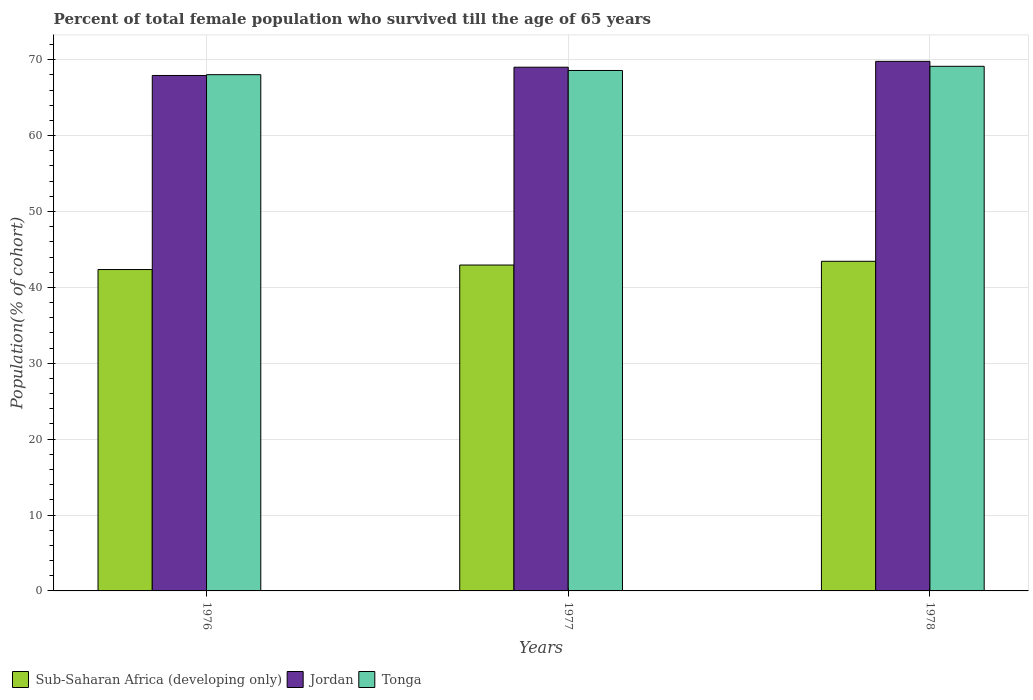
| Years | Sub-Saharan Africa (developing only) | Jordan | Tonga |
 | --- | --- | --- | --- |
 | 1976 | 42.4 | 67.9 | 68 |
 | 1977 | 42.9 | 69 | 68.6 |
 | 1978 | 43.4 | 69.8 | 69.1 |